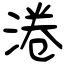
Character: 淃